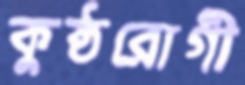
কুষ্ঠরোগী